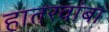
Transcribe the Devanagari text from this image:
हातरवांबा